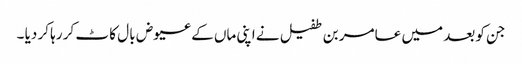
جن کو بعد میں عامر بن طفیل نے اپنی ماں کے عیوض با ل کا ٹ کر رہا کر دیا ۔